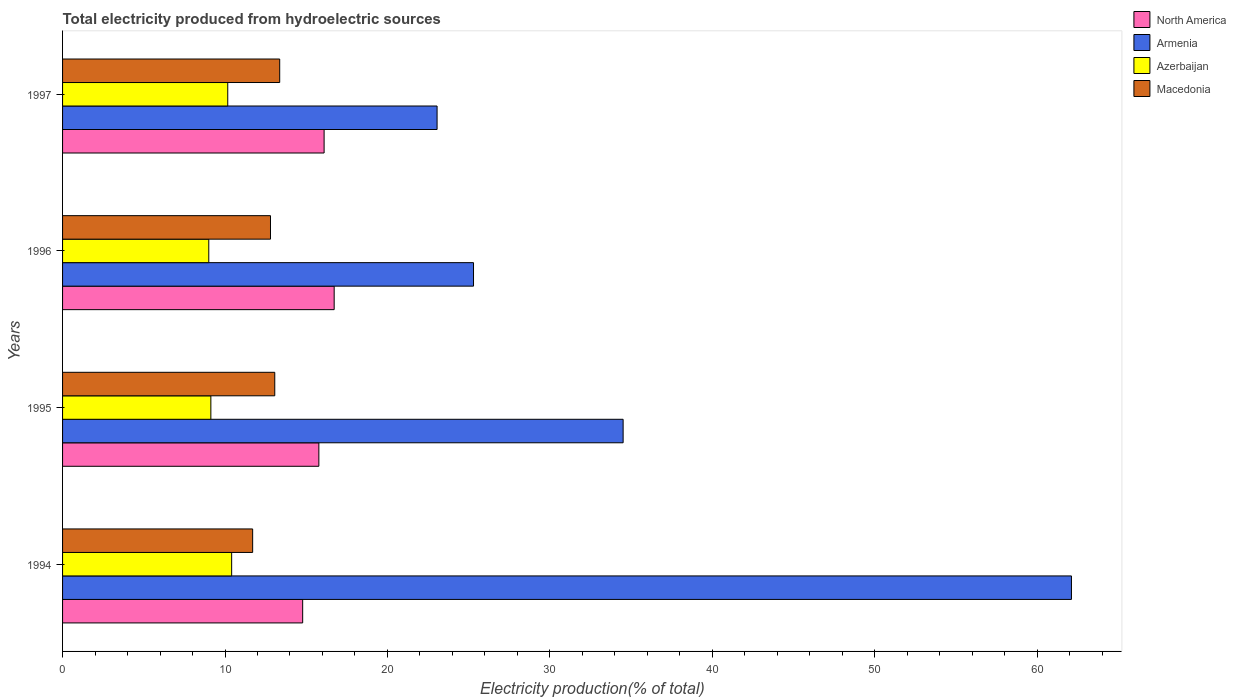
| Years | North America | Armenia | Azerbaijan | Macedonia |
 | --- | --- | --- | --- | --- |
 | 1994 | 14.8 | 62.1 | 10.4 | 11.7 |
 | 1995 | 15.8 | 34.5 | 9.13 | 13.1 |
 | 1996 | 16.7 | 25.3 | 9 | 12.8 |
 | 1997 | 16.1 | 23.1 | 10.2 | 13.4 |